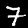
Label: 7